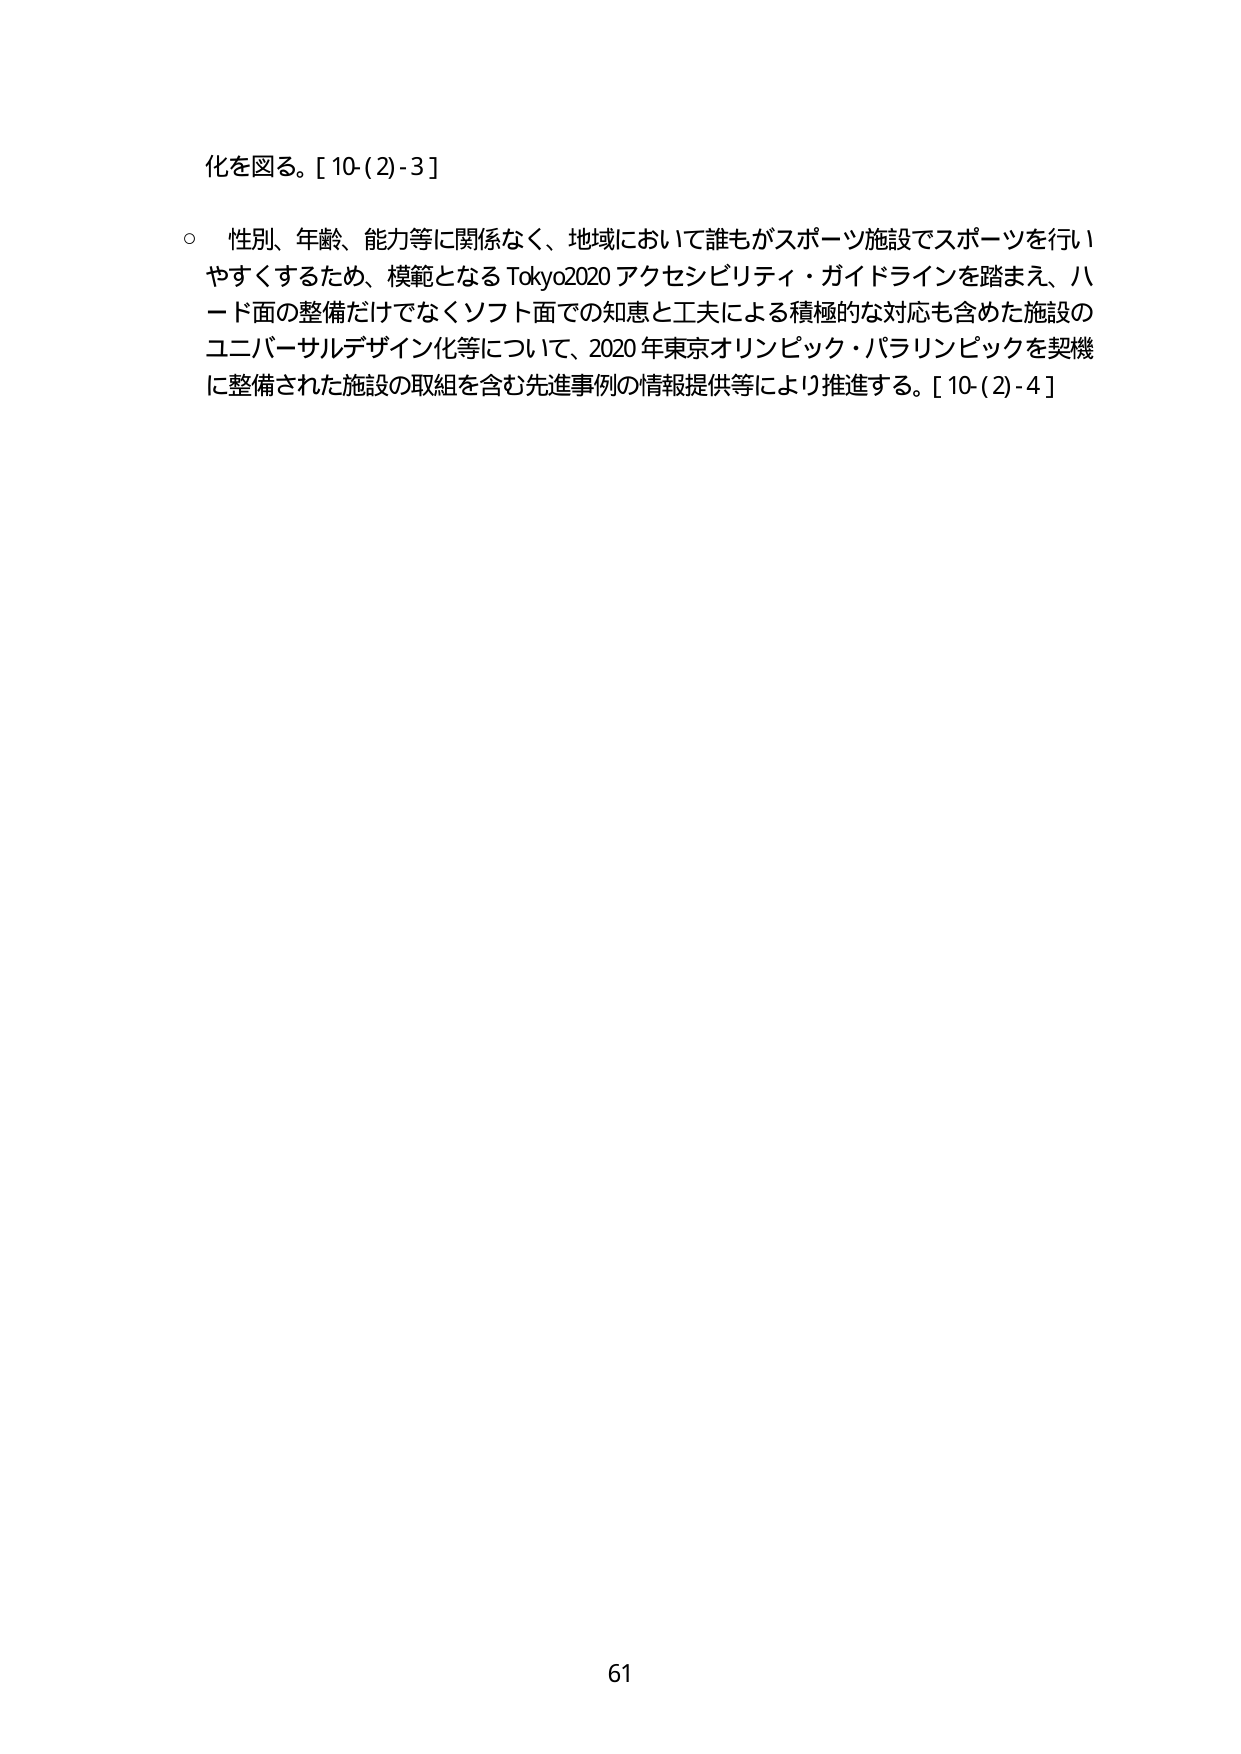
化を図る。[10-(2)-3]

○ 性別、年齢、能力等に関係なく、地域において誰もがスポーツ施設でスポーツを行いやすくするため、模範となる Tokyo2020 アクセシビリティ・ガイドラインを踏まえ、ハード面の整備だけでなくソフト面での知恵と工夫による積極的な対応も含めた施設のユニバーサルデザイン化等について、2020年東京オリンピック・パラリンピックを契機に整備された施設の取組を含む先進事例の情報提供等により推進する。[10-(2)-4]

61